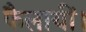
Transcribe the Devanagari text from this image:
फैलायीं।